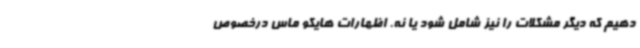
دهیم که دیگر مشکلات را نیز شامل شود یا نه‌. اظهارات هایکو ماس درخصوص